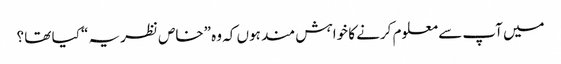
میں آپ سے معلوم کرنے کا خواہش مند ہوں کہ وہ ”خاص نظریہ “ کیا تھا ؟